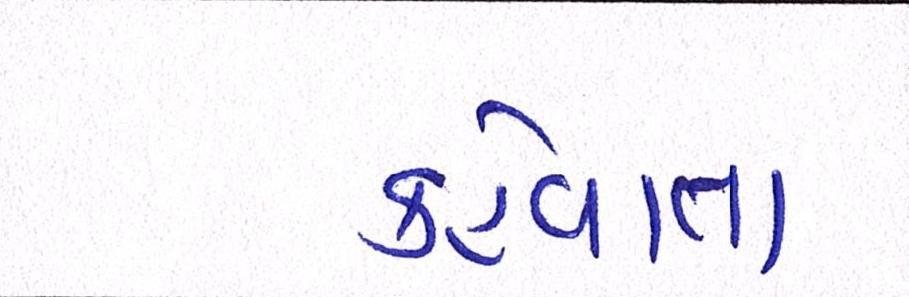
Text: કહેવાતા